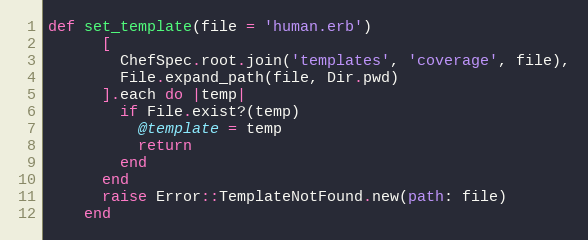
Language: Ruby
def set_template(file = 'human.erb')
      [
        ChefSpec.root.join('templates', 'coverage', file),
        File.expand_path(file, Dir.pwd)
      ].each do |temp|
        if File.exist?(temp)
          @template = temp
          return
        end
      end
      raise Error::TemplateNotFound.new(path: file)
    end